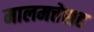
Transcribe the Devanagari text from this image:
मालमत्तेसह